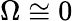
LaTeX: \Omega\cong 0